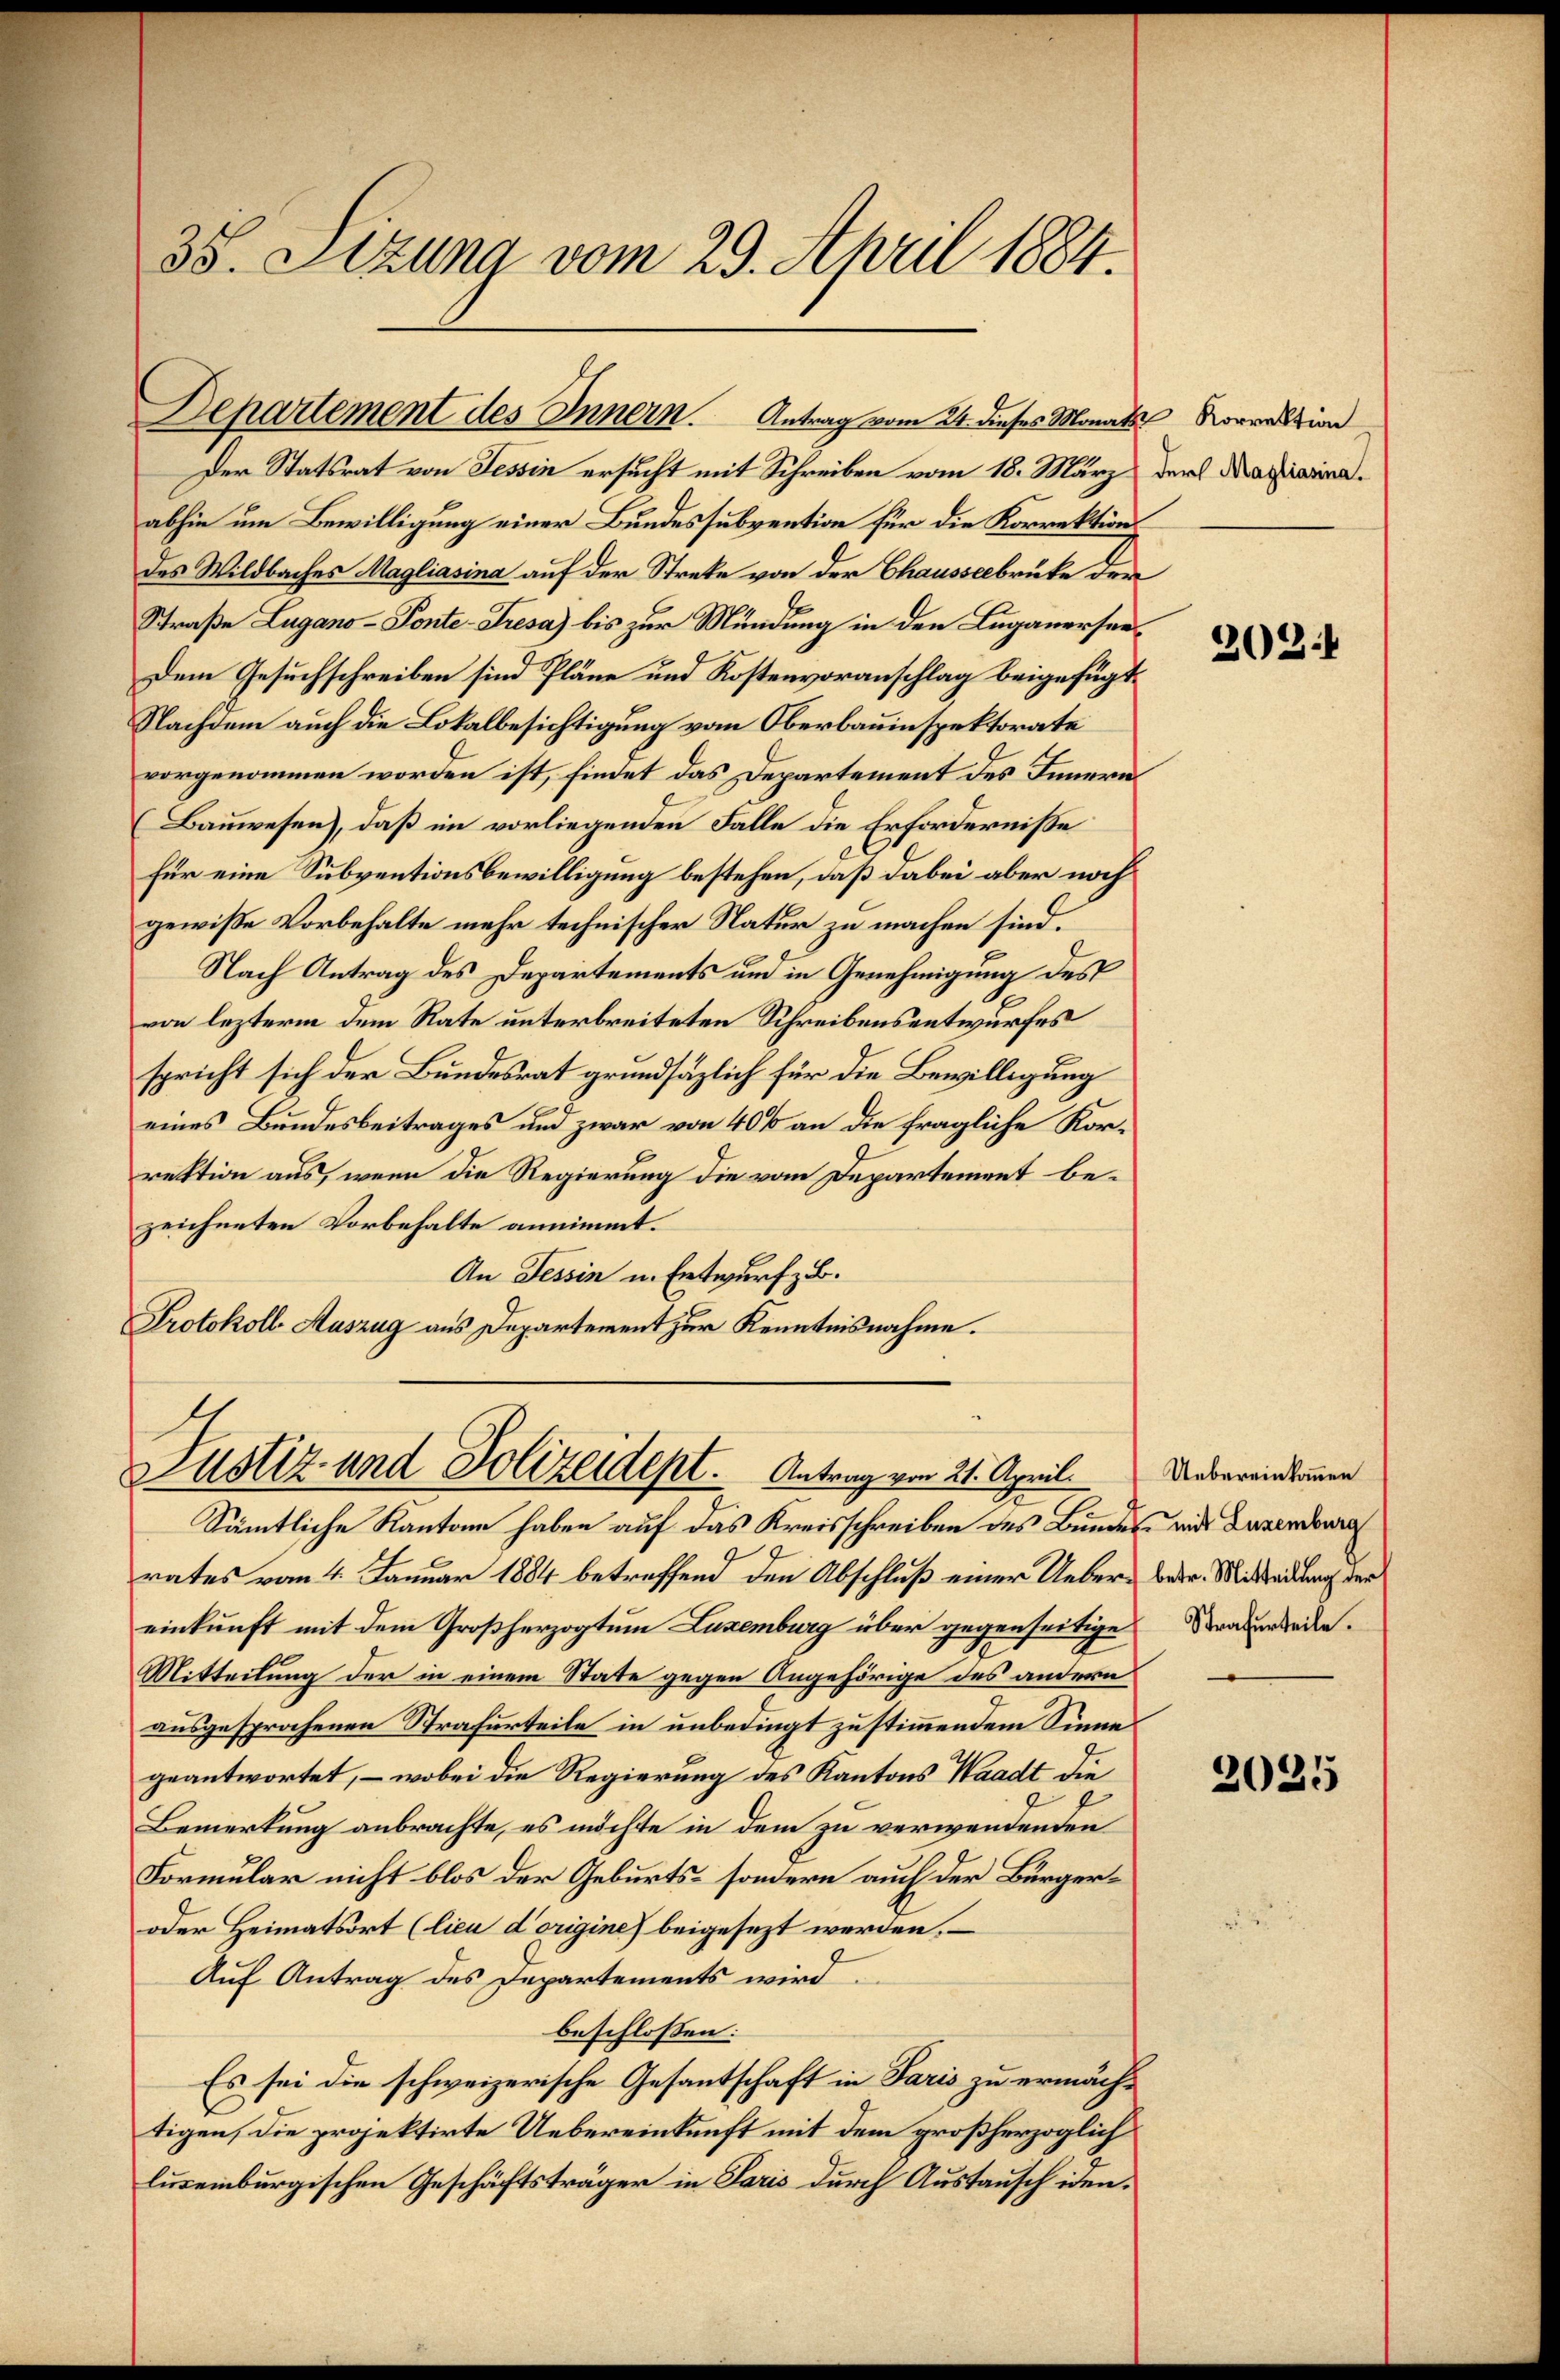
38. Setzung vom 29. April 1884.

Der Statsrat von Tessin ersucht mit Schreiben vom 18. März
abhin um Bewilligung einer Bundessubvention für die Korrektions
des Wildbaches Magliasina auf der Strete von der Chausseebrüke der
Straße Lugano - Ponte-Tresa) bis zur Mündung in den Luganersee¬
Dem Gesuchschreiben sind Pläne und Kostenvoranschlag beigefügt:
Nachdem auch die Lokalbesichtigung vom Oberbauinspektorate
vorgenommen worden ist, findet das Departement des Innern
(Bauwesen), daß im vorliegenden Falle die Erfordernisse
Für eine Subventionsbewilligung bestehen, daß dabei aber noch
gewiße Vorbehalte mehr technischer Natur zu machen sind.
Nach Antrag des Departements und in Genehmigung des
von lezterm dem Rate unterbreiteten Schreibensentwurfes
spricht sich der Bundesrat grundsätzlich für die Bewilligung
eines Bundesbeitrages und zwar von 40% an die fragliche Korrektion aus, wenn die Regierung die vom Departement bezeichneten Vorbehalte annimmt.
An Tessin in Entwurf z. B.
Protokoll-Auszug aus Departement zur Kenntnisnahme.
ustiz- und Polizeident. Antrag von 21. April
Sämtliche Kantone haben auf das Kreisschreiben des Bundes mit Bewenden
C
rates vom 4. Januar 1884 betreffend den Abschluß einer Ueber- betr. Mitteilung der
einkunft mit dem Großherzogtum Luxemburg über gegenseitige Strauerlieden.
Mitteilung der in einem State gegen Angehörige des andern
ausgesprochenen Strafurteile in unbedingt zu stimmendem Sinnes
geantwortet, – wobei die Regierung des Kantons Waadt die
Bemerkung anbrachte, es möchte in dem zu verwendenden
Formular nicht blos der Geburts- sondern auch der Bürger¬
oder Heimatsort (lieu d’origine) beigesezt werden.
Auf Antrag des Departements wird
beschlossen:
Es sei die schweizerische Gesantschaft in Paris zu ermächtigen, die projektirte Uebereinkunft mit dem großherzoglich
luseiburgischen Geschäftsträger in Paris durch Austausch iden.

Departement des Innern. Antrag vom 24. dieses Monats

Korrektion
der Magliasina.

2021

Uebereinkommen

2025